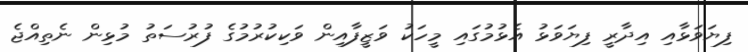
ފިޔަވަޅާއި އިދާރީ ފިޔަވަޅު އެޅުމުގައި މީހަކު ވަޒީފާއިން ވަކިކުރުމުގެ ފުރުސަތު މުޅިން ނެތިއްޖެ